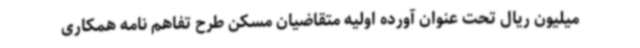
میلیون ریال تحت عنوان آورده اولیه متقاضیان مسکن طرح تفاهم نامه همکاری